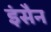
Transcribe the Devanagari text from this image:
इंसैन